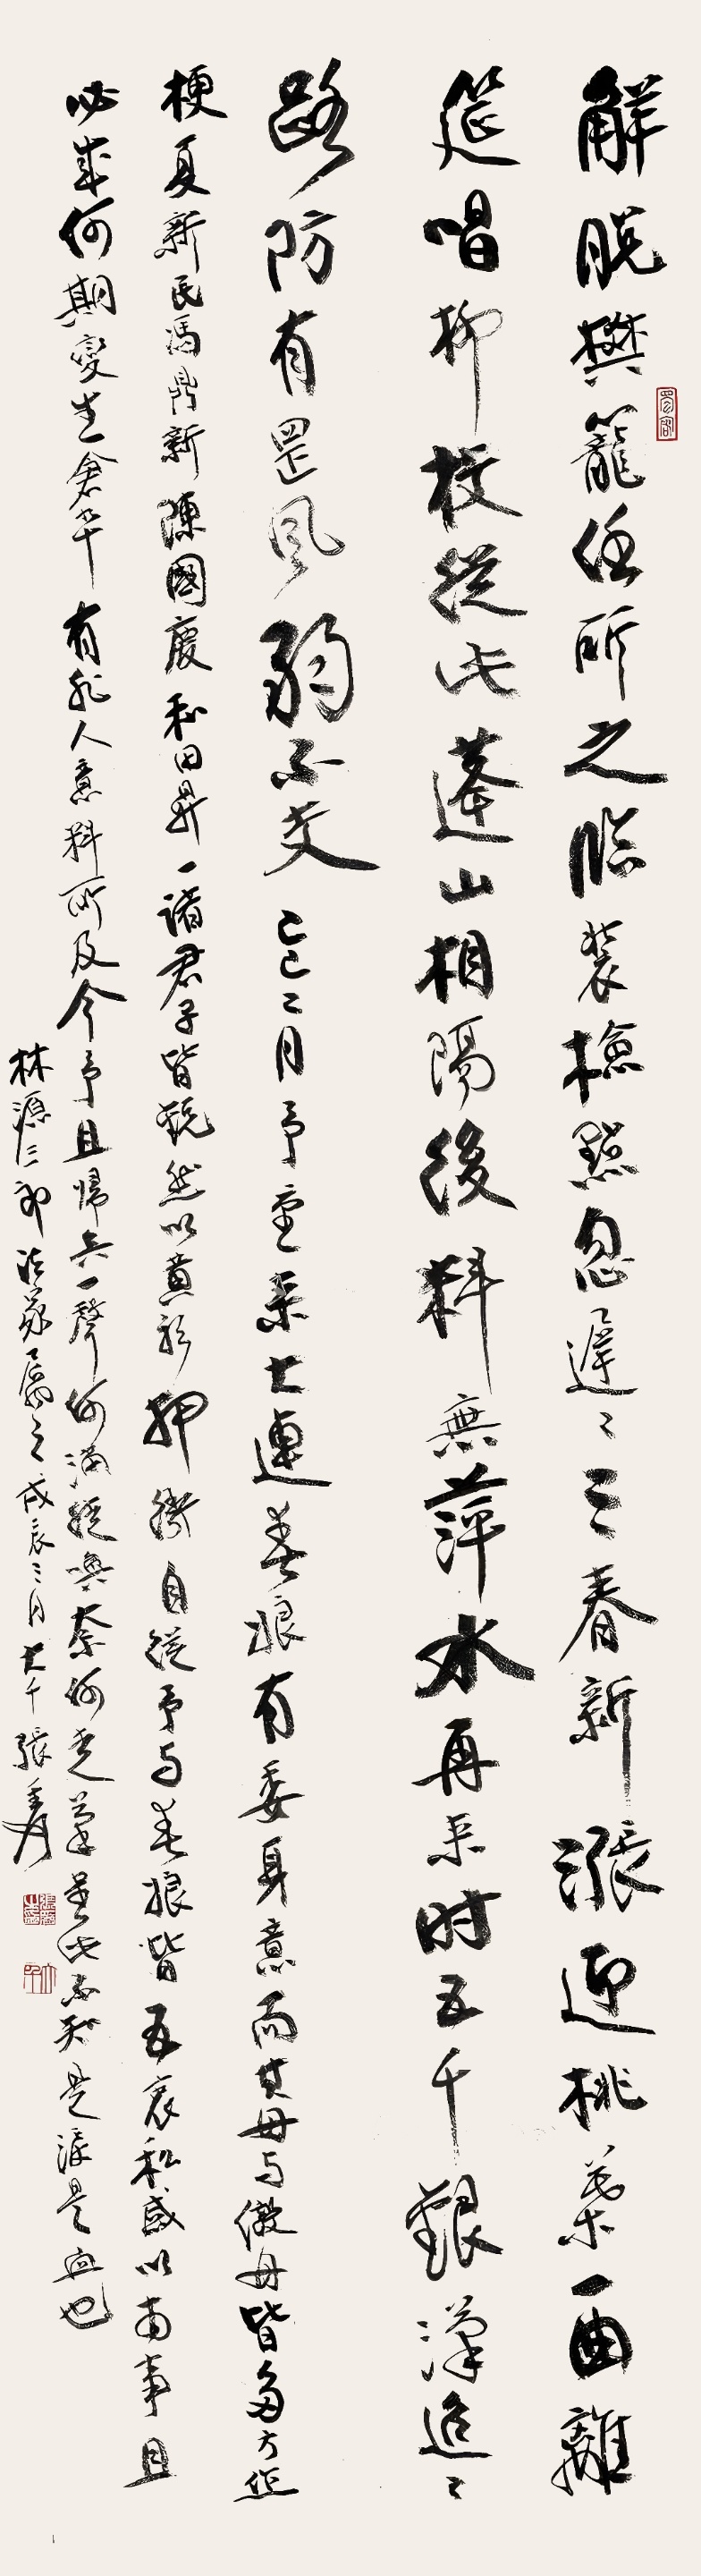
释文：解脱樊笼任所之，临装检点忽迟迟。三春新涨迎桃叶，一曲离筵唱柳枝。从此蓬山相隔后，料无萍水再来时。五千银汉迢迢路，防有罡风弱不交。己巳二月予重来大连，春娘有委身意，而其母与凝素多方作梗，夏新民、冯鼎新、陈国庆、和田升一诸君子皆锐然以黄衫押卫，自从予与春娘皆五衷私感，以南事且必成，何期变生仓猝，有非人意料所及，今予且归矣，一声何满，徒唤奈何，走笔书此，不知是泪是血也。林源三郎法家之属之，戊辰三月，大千张爰。